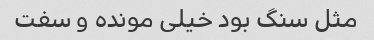
مثل سنگ بود خیلی مونده و سفت